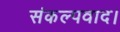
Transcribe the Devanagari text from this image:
संकल्पवाद।